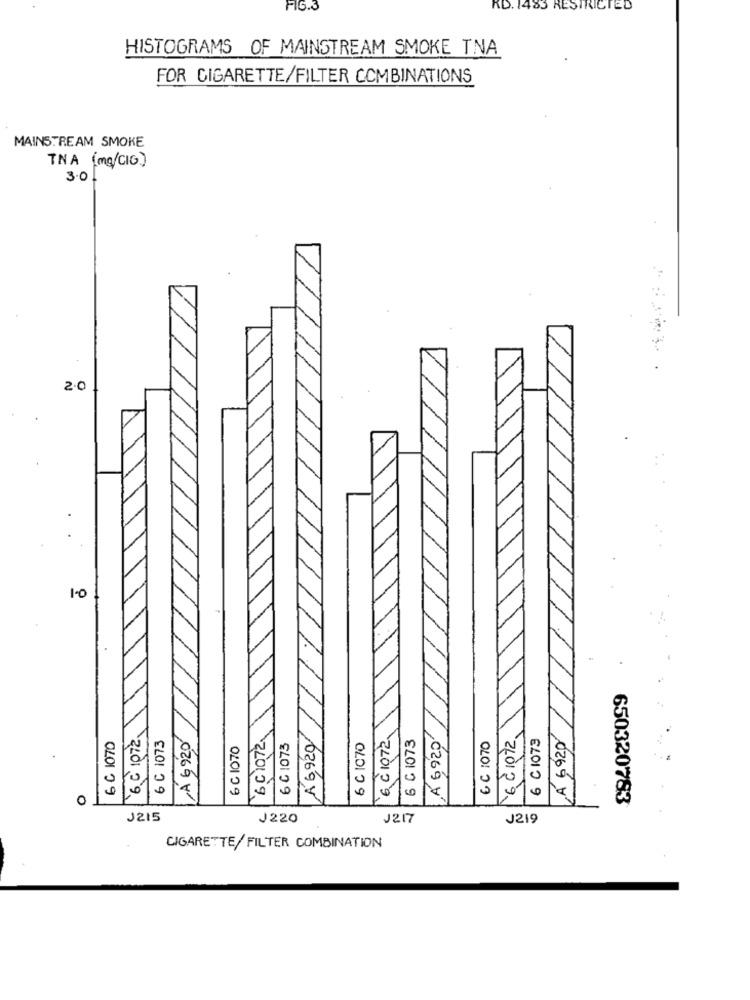
FIG.3
RD. 1483 RESTRICTED
HISTOGRAMS OF MAINSTREAM SMOKE TNA
FOR CIGARETTE/FILTER COMBINATIONS
MAINSTREAM SMOKE
TNA (mg/CIG)
O
3.0
2.0
1.0
A 6,920
A 6920
6 ℃ 1072.
LA 6 920
6 C 1072
6 C 1072
6 C 1073
A 6920
6 C1073
6 C 1070
6 C 1073
6 C 1070
6 C 1073
6 C 1070
6 C 1070
`6℃ 1072
650320783
J215
J220
J217
J219
CIGARETTE/ FILTER COMBINATION